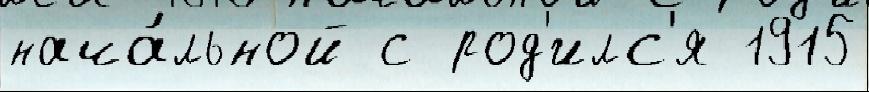
нача́льной с род'илс'я 1915